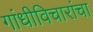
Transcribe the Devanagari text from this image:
गांधीविचारांचा